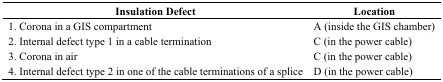
| Insulation Defect | Location |
 | --- | --- |
 | 1. Corona in a GIS compartment | A (inside the GIS chamber) |
 | 2. Internal defect type 1 in a cable termination | C (in the power cable) |
 | 3. Corona in air | C (in the power cable) |
 | 4. Internal defect type 2 in one of the cable terminations of a splice | D (in the power cable) |